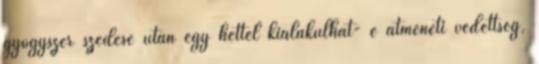
gyógyszer szedése után egy héttel kialakulhat- e átmeneti védettség,